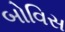
બોવિસ